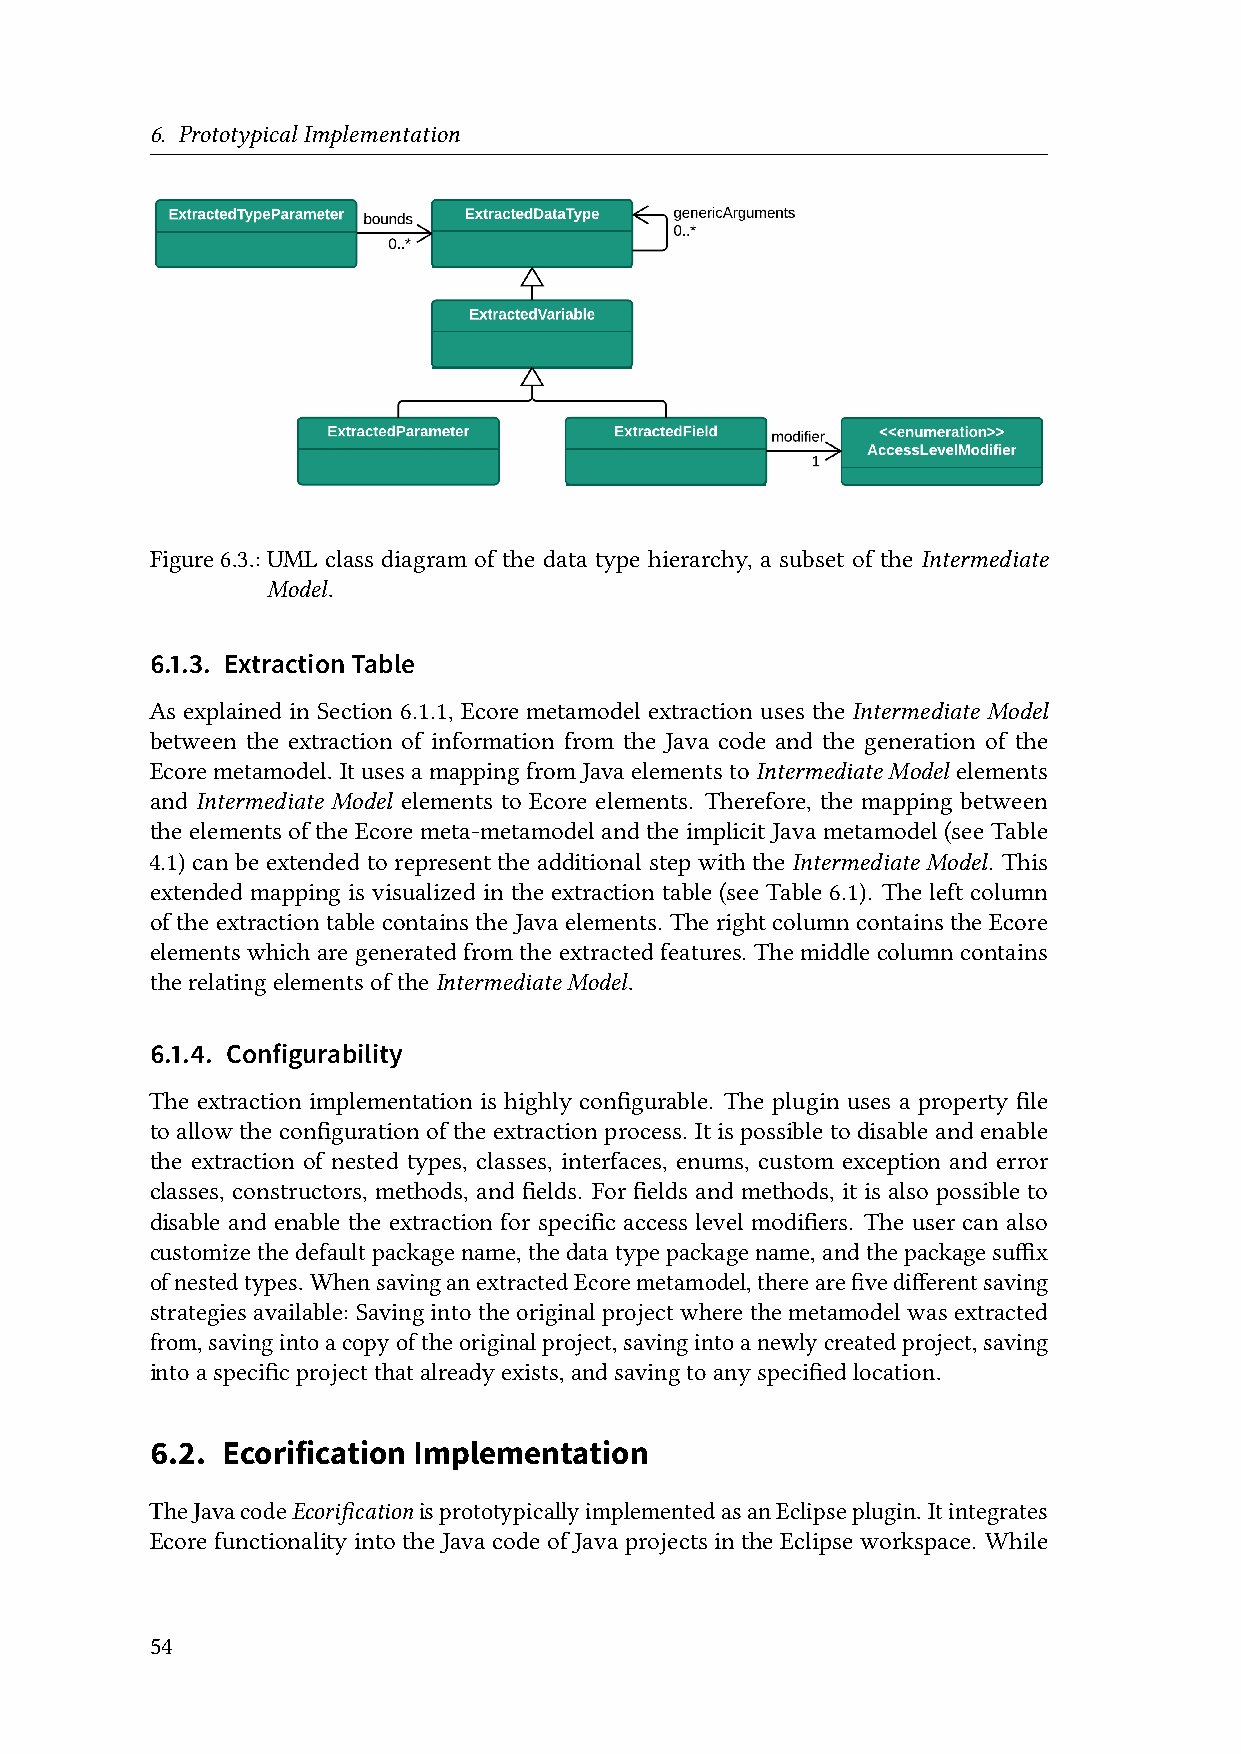
6. PrototypicalImplementation
 Figure6.3.:UML class diagram of the data type hierarchy, a subset of the Intermediate
 Model.
 6.1.3. ExtractionTable
 As explained in Section 6.1.1, Ecore metamodel extraction uses the Intermediate Model
 between the extraction of information from the Java code and the generation of the
 Ecoremetamodel. ItusesamappingfromJavaelementstoIntermediateModel elements
 and Intermediate Model elements to Ecore elements. Therefore, the mapping between
 the elements of the Ecore meta-metamodel and the implicit Java metamodel (see Table
 4.1) can be extended to represent the additional step with the Intermediate Model. This
 extended mapping is visualized in the extraction table (see Table 6.1). The left column
 oftheextractiontablecontainstheJavaelements. TherightcolumncontainstheEcore
 elementswhicharegeneratedfromtheextractedfeatures. Themiddlecolumncontains
 therelatingelementsoftheIntermediateModel.
 6.1.4. Configurability
 The extraction implementation is highly configurable. The plugin uses a property file
 to allow the configuration of the extraction process. It is possible to disable and enable
 the extraction of nested types, classes, interfaces, enums, custom exception and error
 classes, constructors, methods, and fields. For fields and methods, it is also possible to
 disable and enable the extraction for specific access level modifiers. The user can also
 customizethedefaultpackagename,thedatatypepackagename,andthepackagesuffix
 ofnestedtypes. WhensavinganextractedEcoremetamodel,therearefivedifferentsaving
 strategiesavailable: Savingintotheoriginalprojectwherethemetamodelwasextracted
 from,savingintoacopyoftheoriginalproject,savingintoanewlycreatedproject,saving
 intoaspecificprojectthatalreadyexists,andsavingtoanyspecifiedlocation.
 6.2. Ecorification Implementation
 TheJavacodeEcorificationisprototypicallyimplementedasanEclipseplugin. Itintegrates
 Ecore functionality into the Java code of Java projects in the Eclipse workspace. While
 54